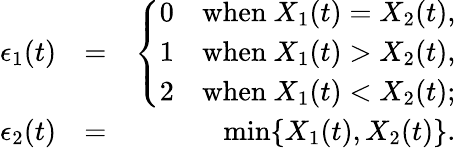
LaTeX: \begin{array}{rlr}{\epsilon_{1}(t)}&{=}&{\left\{ \begin{array}{cc}{0}&{\mathrm{when~}X_{1}(t)=X_{2}(t),}\\ {1}&{\mathrm{when~}X_{1}(t)>X_{2}(t),}\\ {2}&{\mathrm{when~}X_{1}(t)<X_{2}(t);}\end{array}\right.}\\ {\epsilon_{2}(t)}&{=}&{\operatorname*{min}\{ X_{1}(t),X_{2}(t)\} .}\end{array}